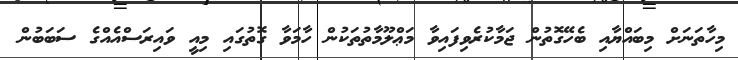
މިހާތަނަށް މިބައްޔާއި ބެހޭގޮތުން ޖަމާކުރެވިފައިވާ މަޢްލޫމާތުތަކުން ހާމަވާ ގޮތުގައި މިއީ ވައިރަސްއެއްގެ ސަބަބުން